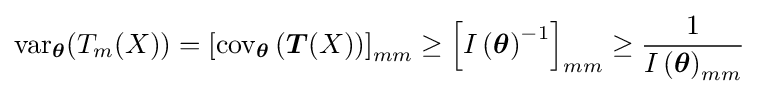
\operatorname {var} _{\boldsymbol {\theta }}(T_{m}(X))=\left[\operatorname {cov} _{\boldsymbol {\theta }}\left({\boldsymbol {T}}(X)\right)\right]_{mm}\geq \left[I\left({\boldsymbol {\theta }}\right)^{-1}\right]_{mm}\geq {\frac {1}{I\left({\boldsymbol {\theta }}\right)_{mm}}}